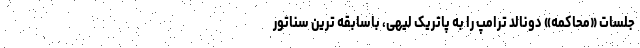
جلسات «محاکمه» دونالد ترامپ را به پاتریک لیهی، باسابقه ترین سناتور